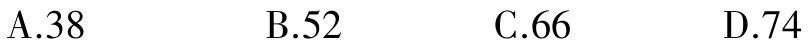
A.38 \qquad B.52 \qquad C.66 \qquad D.74